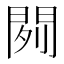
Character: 𰿞